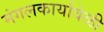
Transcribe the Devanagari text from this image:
मंगलकार्यावेळी